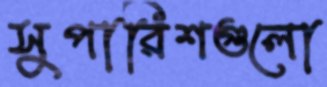
সুপারিশগুলো